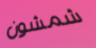
شمشون